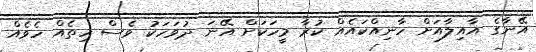
އޭނާގެ އާއިލާއަށް ހާނިއްކައެއް ކުރާ މީހަކަށް އޭނަ ދުވަހަކު ވެސް ހިތެއް ހެވެއް